Civil Veterinary Dept. Bombay admin report 1893-99 - 1893-1899
Year: 1893
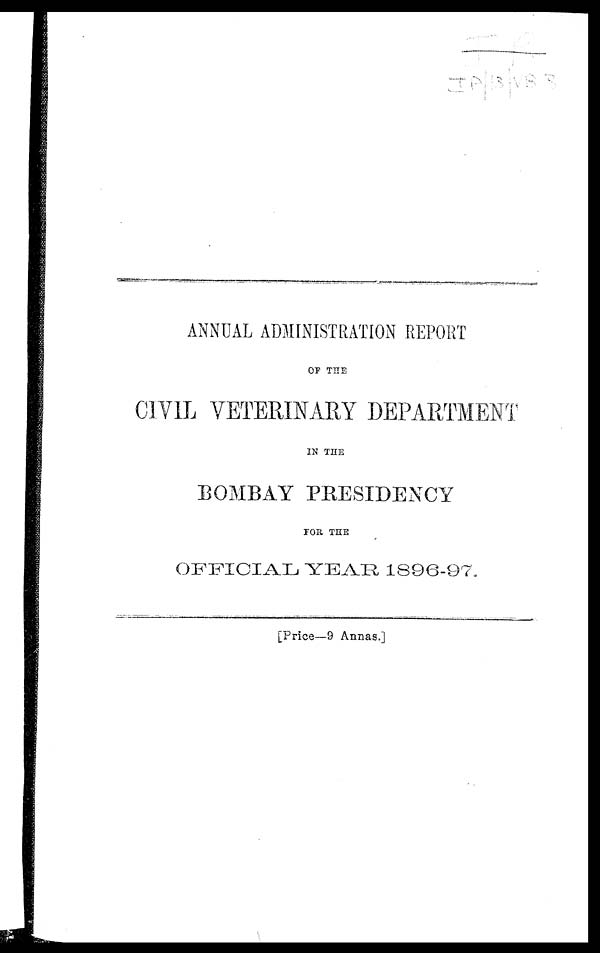
ANNUAL ADMINISTRATION REPORT
OF THE
CIVIL VETERINARY DEPARTMENT
IN THE
BOMBAY PRESIDENCY
FOR THE
OFFICIAL YEAR 1896-97.
[Price—9 Annas.]